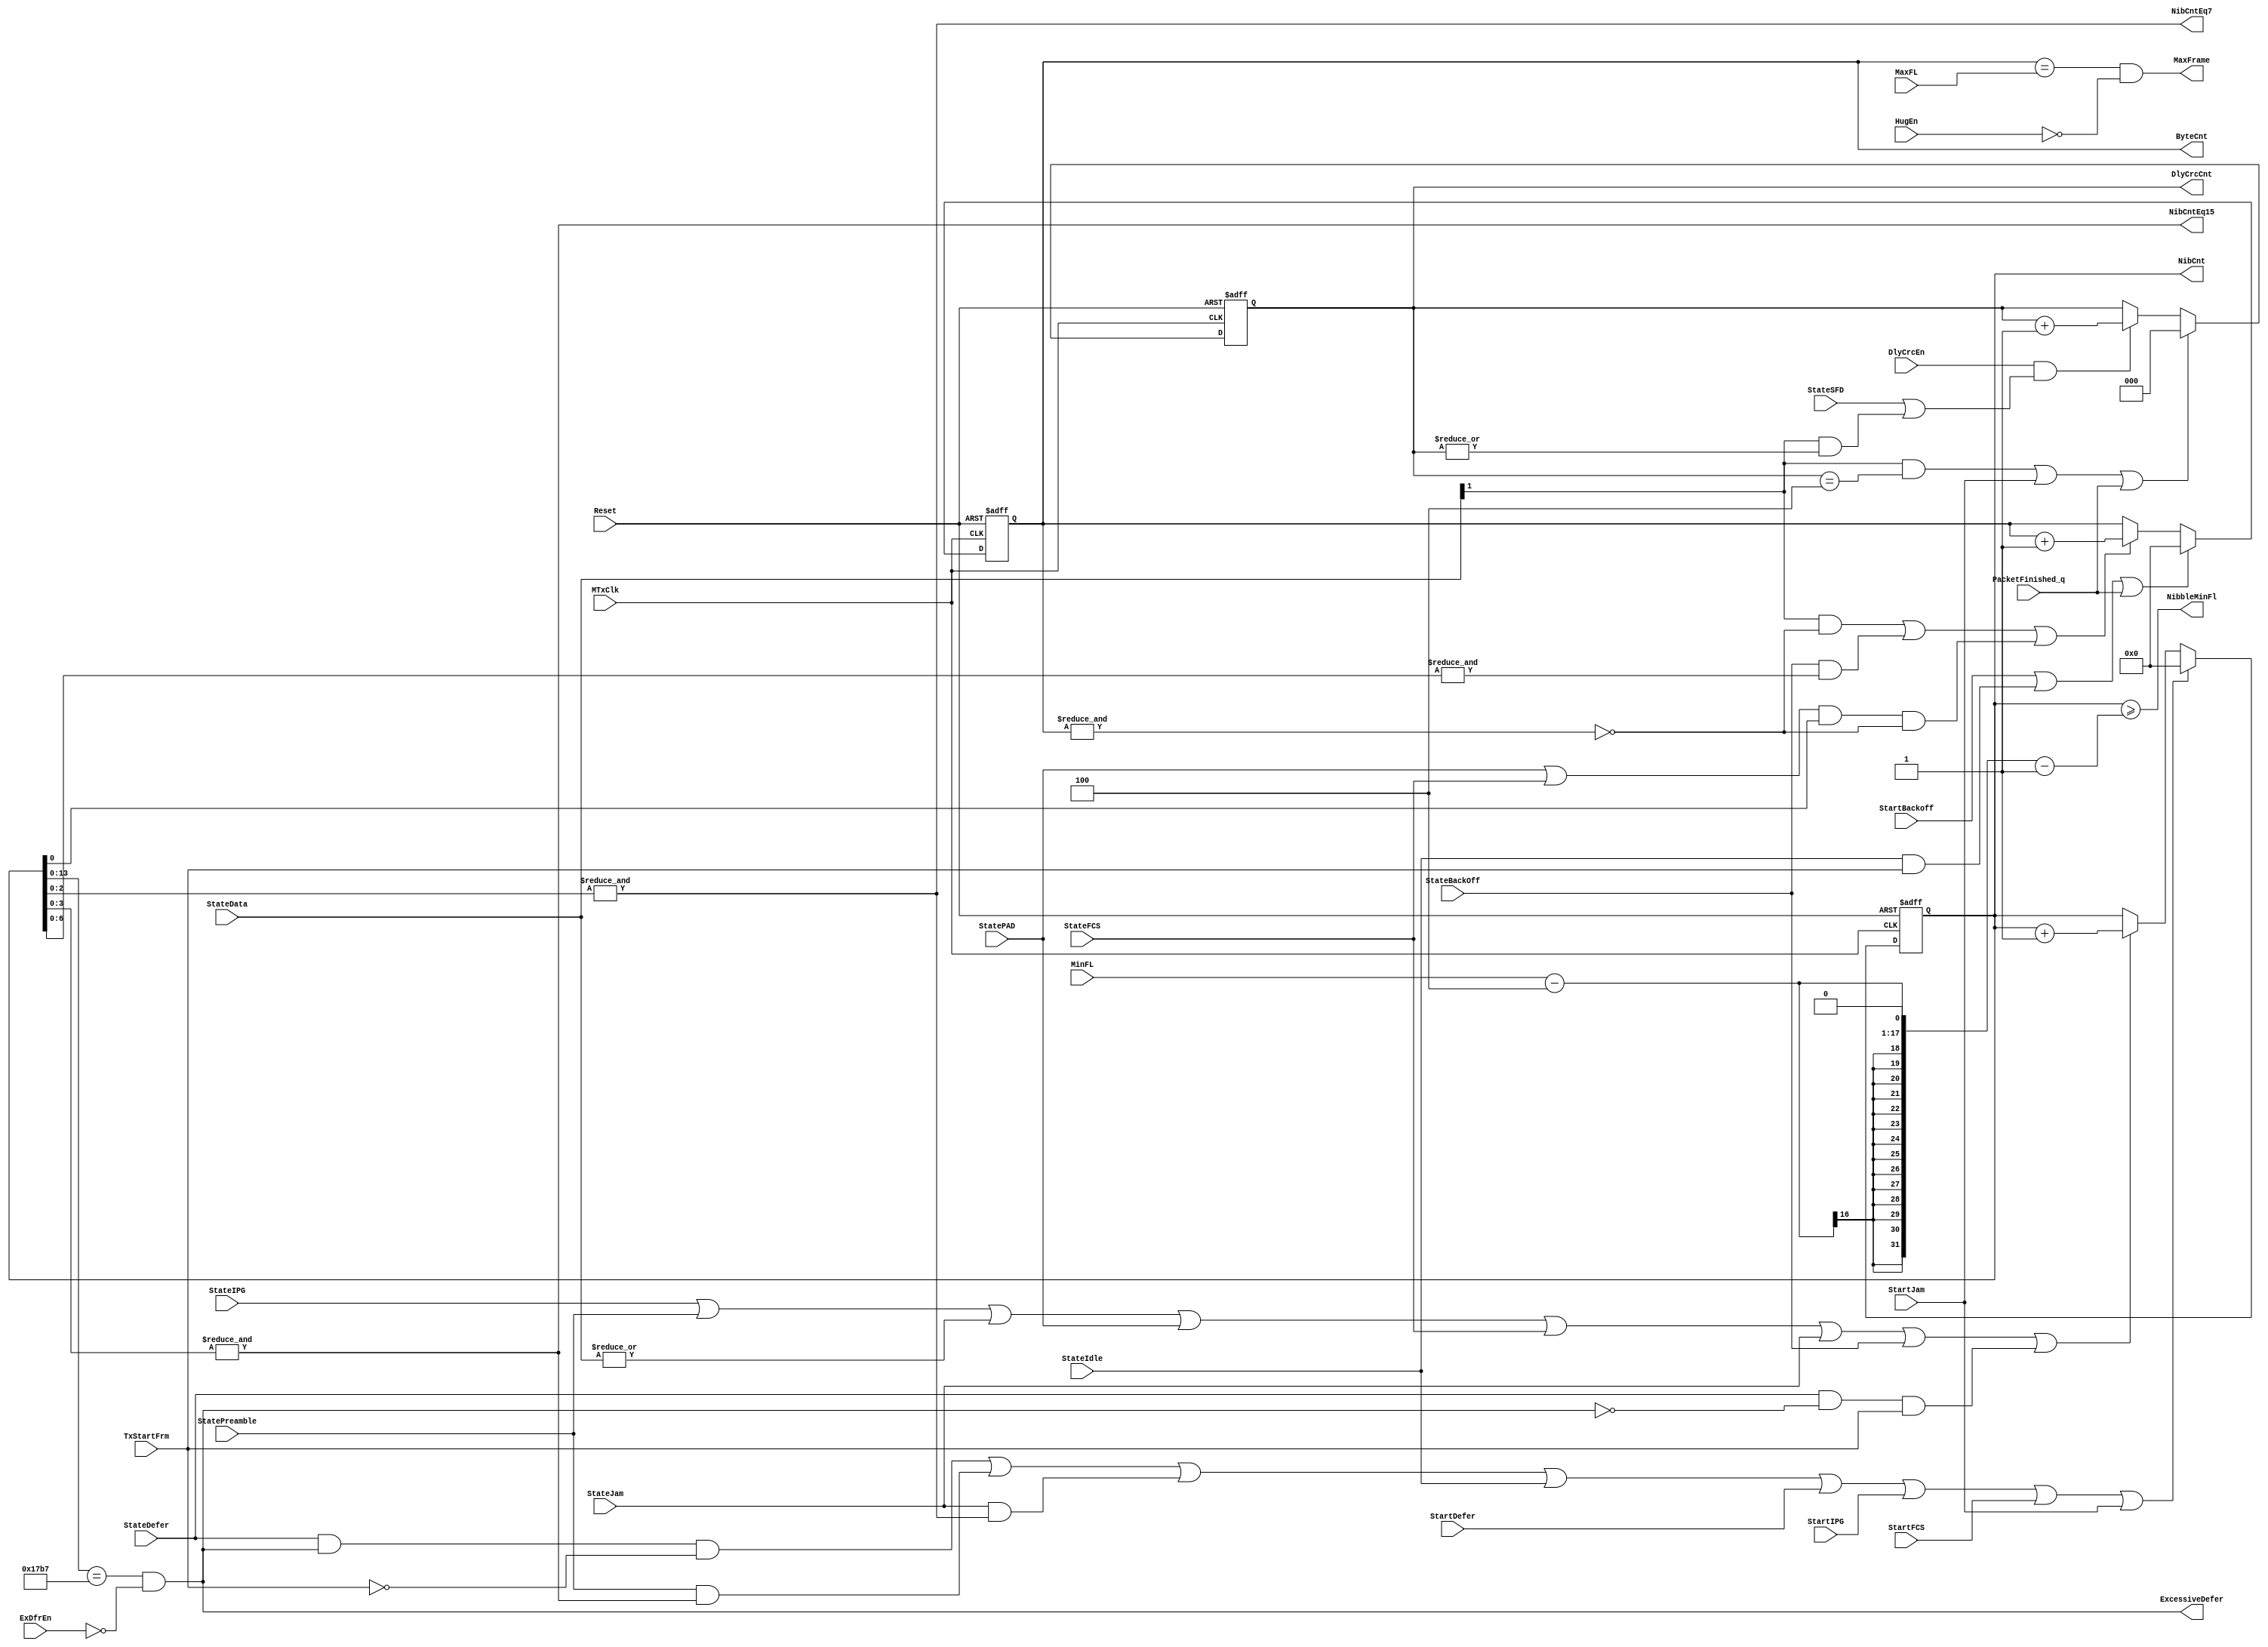
module eth_txcounters_2 (StatePreamble, StateIPG, StateData, StatePAD, StateFCS, StateJam, 
                       StateBackOff, StateDefer, StateIdle, StartDefer, StartIPG, StartFCS, 
                       StartJam, StartBackoff, TxStartFrm, MTxClk, Reset, MinFL, MaxFL, HugEn, 
                       ExDfrEn, PacketFinished_q, DlyCrcEn, StateSFD, ByteCnt, NibCnt, 
                       ExcessiveDefer, NibCntEq7, NibCntEq15, MaxFrame, NibbleMinFl, DlyCrcCnt
                      );
parameter Tp = 1;
input MTxClk;             
input Reset;              
input StatePreamble;      
input StateIPG;           
input [1:0] StateData;    
input StatePAD;           
input StateFCS;           
input StateJam;           
input StateBackOff;       
input StateDefer;         
input StateIdle;          
input StateSFD;           
input StartDefer;         
input StartIPG;           
input StartFCS;           
input StartJam;           
input StartBackoff;       
input TxStartFrm;         
input [15:0] MinFL;       
input [15:0] MaxFL;       
input HugEn;              
input ExDfrEn;            
input PacketFinished_q;             
input DlyCrcEn;           
output [15:0] ByteCnt;    
output [15:0] NibCnt;     
output ExcessiveDefer;    
output NibCntEq7;         
output NibCntEq15;        
output MaxFrame;          
output NibbleMinFl;       
output [2:0] DlyCrcCnt;   
wire ExcessiveDeferCnt;
wire ResetNibCnt;
wire IncrementNibCnt;
wire ResetByteCnt;
wire IncrementByteCnt;
wire ByteCntMax;
reg [15:0] NibCnt;
reg [15:0] ByteCnt;
reg  [2:0] DlyCrcCnt;
assign IncrementNibCnt = StateIPG | StatePreamble | (|StateData) | StatePAD 
                       | StateFCS | StateJam | StateBackOff | StateDefer & ~ExcessiveDefer & TxStartFrm;
assign ResetNibCnt = StateDefer & ExcessiveDefer & ~TxStartFrm | StatePreamble & NibCntEq15 
                   | StateJam & NibCntEq7 | StateIdle | StartDefer | StartIPG | StartFCS | StartJam;
always @ (posedge MTxClk or posedge Reset)
begin
  if(Reset)
    NibCnt <=  16'h0;
  else
    begin
      if(ResetNibCnt)
        NibCnt <=  16'h0;
      else
      if(IncrementNibCnt)
        NibCnt <=  NibCnt + 16'd1;
     end
end
assign NibCntEq7   = &NibCnt[2:0];
assign NibCntEq15  = &NibCnt[3:0];
assign NibbleMinFl = NibCnt >= (((MinFL-16'd4)<<1) -1);  
assign ExcessiveDeferCnt = NibCnt[13:0] == 14'h17b7;
assign ExcessiveDefer  = NibCnt[13:0] == 14'h17b7 & ~ExDfrEn;   
assign IncrementByteCnt = StateData[1] & ~ByteCntMax
                        | StateBackOff & (&NibCnt[6:0])
                        | (StatePAD | StateFCS) & NibCnt[0] & ~ByteCntMax;
assign ResetByteCnt = StartBackoff | StateIdle & TxStartFrm | PacketFinished_q;
always @ (posedge MTxClk or posedge Reset)
begin
  if(Reset)
    ByteCnt[15:0] <=  16'h0;
  else
    begin
      if(ResetByteCnt)
        ByteCnt[15:0] <=  16'h0;
      else
      if(IncrementByteCnt)
        ByteCnt[15:0] <=  ByteCnt[15:0] + 16'd1;
    end
end
assign MaxFrame = ByteCnt[15:0] == MaxFL[15:0] & ~HugEn;
assign ByteCntMax = &ByteCnt[15:0];
always @ (posedge MTxClk or posedge Reset)
begin
  if(Reset)
    DlyCrcCnt <=  3'h0;
  else
    begin        
      if(StateData[1] & DlyCrcCnt == 3'h4 | StartJam | PacketFinished_q)
        DlyCrcCnt <=  3'h0;
      else
      if(DlyCrcEn & (StateSFD | StateData[1] & (|DlyCrcCnt[2:0])))
        DlyCrcCnt <=  DlyCrcCnt + 3'd1;
    end
end
endmodule